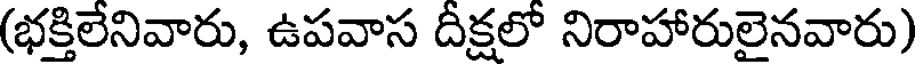
(భక్తిలేనివారు, ఉపవాస దీక్షలో నిరాహారులైనవారు)